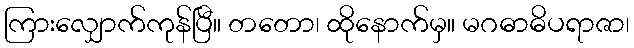
ကြားလျှောက်ကုန်ပြီ။ တတော၊ ထိုနောက်မှ။ မဂဓာဓိပရာဇာ၊